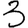
Digit: 3